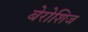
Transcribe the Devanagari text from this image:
बेरोशिज